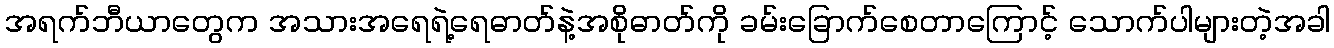
အရက်ဘီယာတွေက အသားအရေရဲ့ရေဓာတ်နဲ့အစိုဓာတ်ကို ခမ်းခြောက်စေတာကြောင့် သောက်ပါများတဲ့အခါ